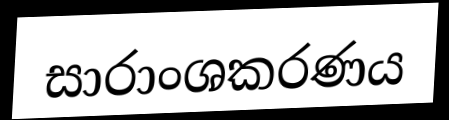
සාරාංශකරණය